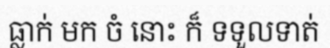
ធ្លាក់ មក ចំ នោះ ក៏ ទទួលទាត់